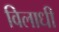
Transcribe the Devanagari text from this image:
विलाधी